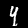
Digit: 4